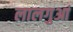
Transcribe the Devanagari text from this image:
लालगुआं